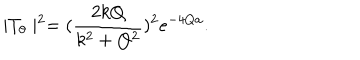
\mid T _ { \theta } \mid ^ { 2 } = ( \frac { 2 k Q } { k ^ { 2 } + Q ^ { 2 } } ) ^ { 2 } e ^ { - 4 Q a } .